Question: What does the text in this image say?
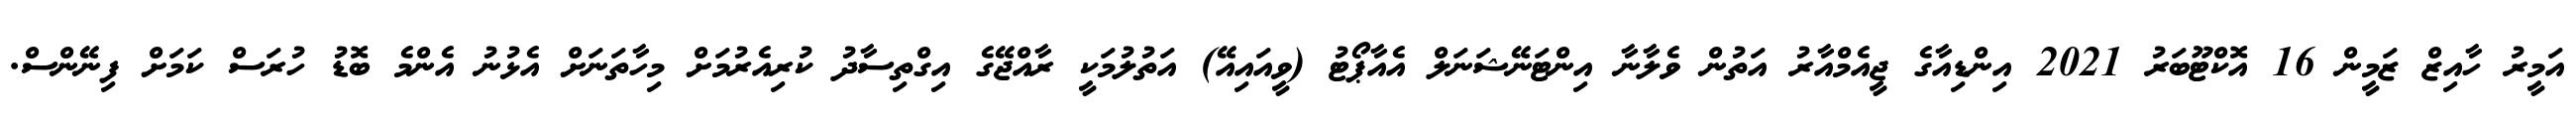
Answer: އަމީރު ހާއިޒް ޒަމީން 16 އޮކްޓޫބަރު 2021 އިންޑިއާގެ ޖީއެމްއާރު އަތުން ވެލާނާ އިންޓަނޭޝަނަލް އެއާޕޯޓު (ވީއައިއޭ) އަތުލުމަކީ ރާއްޖޭގެ އިގްތިސާދު ކުރިއެރުމަށް މިހާތަނަށް އެޅުނު އެންމެ ބޮޑު ހުރަސް ކަމަށް ފިނޭންސް.